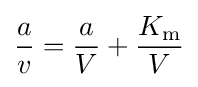
{a \over v}={a \over V}+{K_{\mathrm {m} } \over V}